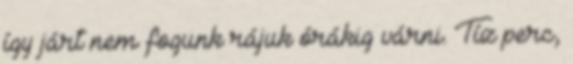
így járt nem fogunk rájuk órákig várni. Tíz perc,